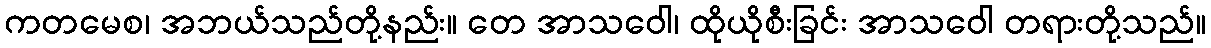
ကတမေစ၊ အဘယ်သည်တို့နည်း။ တေ အာသဝေါ၊ ထိုယိုစီးခြင်း အာသဝေါ တရားတို့သည်။